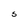
Character: S